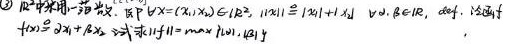
(2) 设采用一范数，即 $\forall \boldsymbol{x}=(x_1,x_2)\in \mathbb{R}^2$，$\|\boldsymbol{x}\|_1 \triangleq|x_1| + |x_2|$，$\forall \alpha,\beta\in \mathbb{R}$，定义. 设函数 $f(x)=\beta x_1+\beta x_2$，试求 $\|f\|=\max_{\|\boldsymbol{x}\| = 1}|f(\boldsymbol{x})|$.